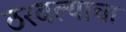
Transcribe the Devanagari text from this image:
ठरवल्याचा